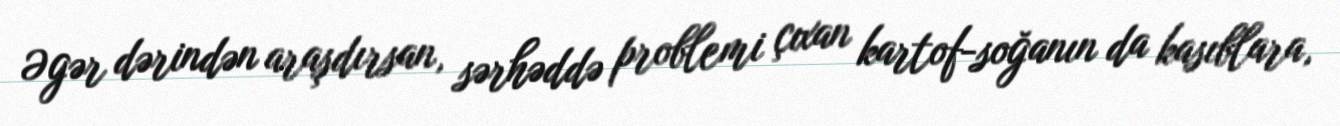
Əgər dərindən araşdırsan, sərhəddə problemi çıxan kartof-soğanın da kasıblara,